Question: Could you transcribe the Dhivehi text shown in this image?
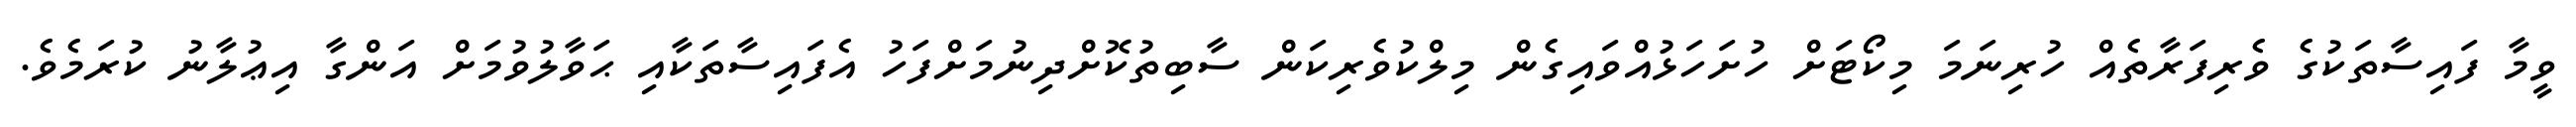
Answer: ވީމާ ފައިސާތަކުގެ ވެރިފަރާތެއް ހުރިނަމަ މިކޯޓަށް ހުށަހަޅުއްވައިގެން މިލްކުވެރިކަން ސާބިތުކޮށްދިނުމަށްފަހު އެފައިސާތަކާއި ޙަވާލުވުމަށް އަންގާ އިޢުލާނު ކުރަމެވެ.